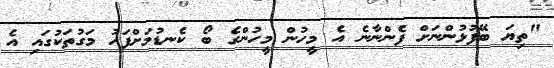
"ތިިޔަ ބޭފުޅުންނަށް ފެންނާނެ އެ މީހުން މީހުންގެ ބޯ ކެނޑުމަށްފަހު މަގުތަކުގައި އެ